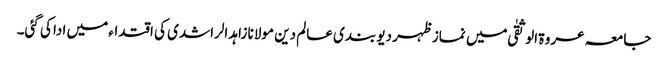
جامعہ عروۃ الوثقیٰ میں نماز ظہر دیو بندی عالم دین مولانا زاہد الراشدی کی اقتداء میں ادا کی گئی۔